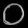
Digit: ၀